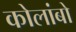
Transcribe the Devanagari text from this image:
कोलांबो